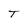
Character: T